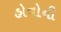
હોવોની